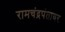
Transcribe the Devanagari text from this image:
रामचंद्रपंतावर